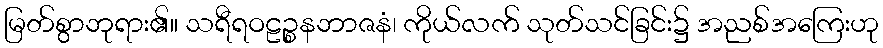
မြတ်စွာဘုရား၏။ သရီရဝဠဉ္စနဘာဇနံ၊ ကိုယ်လက် သုတ်သင်ခြင်း၌ အညစ်အကြေးဟု